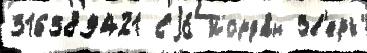
316389421 Еjо́ Иорда́н Зв'ерь